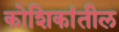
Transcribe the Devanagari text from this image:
कोशिकांतील